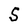
Character: S